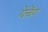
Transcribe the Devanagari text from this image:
येचेंग